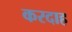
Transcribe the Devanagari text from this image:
करदाह